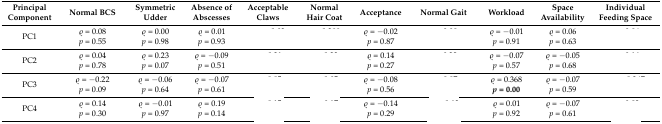
<table><thead><tr><td><b>Principal Component</b></td><td><b>Normal BCS</b></td><td><b>Symmetric Udder</b></td><td><b>Absence of Abscesses</b></td><td><b>Acceptable Claws</b></td><td><b>Normal Hair Coat</b></td><td><b>Acceptance</b></td><td><b>Normal Gait</b></td><td><b>Workload</b></td><td><b>Space Availability</b></td><td><b>Individual Feeding Space</b></td></tr></thead><tbody><tr><td>PC1</td><td>ρ = 0.08<i>p</i> = 0.55</td><td>ρ = 0.00<i>p</i> = 0.98</td><td>ρ = 0.01<i>p</i> = 0.93</td><td>[EMPTY_CELL]</td><td>[EMPTY_CELL]</td><td>ρ = −0.02<i>p</i> = 0.87</td><td>[EMPTY_CELL]</td><td>ρ = −0.01<i>p</i> = 0.91</td><td>ρ = 0.06<i>p</i> = 0.63</td><td>[EMPTY_CELL]</td></tr><tr><td>PC2</td><td>ρ = 0.04<i>p</i> = 0.78</td><td>ρ = 0.23<i>p</i> = 0.07</td><td>ρ = −0.09<i>p</i> = 0.51</td><td>[EMPTY_CELL]</td><td>[EMPTY_CELL]</td><td>ρ = 0.14<i>p</i> = 0.27</td><td>[EMPTY_CELL]</td><td>ρ = −0.07<i>p</i> = 0.57</td><td>ρ = −0.05<i>p</i> = 0.68</td><td>[EMPTY_CELL]</td></tr><tr><td>PC3</td><td>ρ = −0.22<i>p</i> = 0.09</td><td>ρ = −0.06<i>p</i> = 0.64</td><td>ρ = −0.07<i>p</i> = 0.61</td><td>[EMPTY_CELL]</td><td>[EMPTY_CELL]</td><td>ρ = −0.08<i>p</i> = 0.56</td><td>[EMPTY_CELL]</td><td>ρ = 0.368<b><i>p</i> = 0.00</b></td><td>ρ = −0.07<i>p</i> = 0.59</td><td>[EMPTY_CELL]</td></tr><tr><td>PC4</td><td>ρ = 0.14<i>p</i> = 0.30</td><td>ρ = −0.01<i>p</i> = 0.97</td><td>ρ = 0.19<i>p</i> = 0.14</td><td>[EMPTY_CELL]</td><td>[EMPTY_CELL]</td><td>ρ = −0.14<i>p</i> = 0.29</td><td>[EMPTY_CELL]</td><td>ρ = 0.01<i>p</i> = 0.92</td><td>ρ = −0.07<i>p</i> = 0.61</td><td>[EMPTY_CELL]</td></tr></tbody></table>